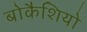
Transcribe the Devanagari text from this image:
बोकैशियो